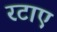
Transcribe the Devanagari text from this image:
रटाए